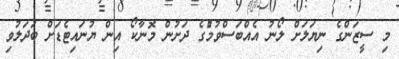
މި ސީޒަންގެ ނިޔަލަށް ލޯނު އެއްބަސްވުމުެގެ ދަށުން މޮނާކޯ އިން ޔުނައިޓެޑަށް ބަދަލުވި